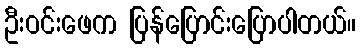
ဦးဝင်းဖေက ပြန်ပြောင်းပြောပါတယ်။